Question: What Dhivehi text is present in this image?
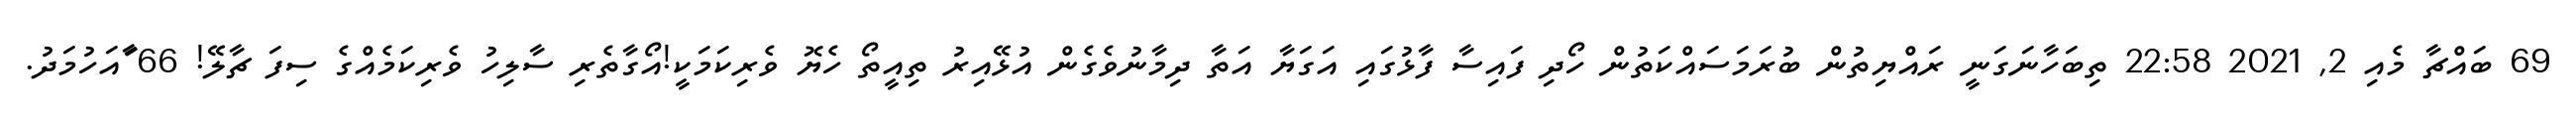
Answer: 69 ބައްޗާ މެއި 2, 2021 22:58 ތިބަހާނަގަނީ ރައްޔިތުން ބުރަމަސައްކަތުން ހޯދި ފައިސާ ފާޅުގައި އަގަޔާ އަތާ ދިމާނުވެގެން އުޅޭއިރު ތިއީތޯ ހެޔޮ ވެރިކަމަކީ!އޯގާތެރި ސާލިހު ވެރިކަމެއްގެ ސިފަ ޗާލޭ! 66 ާައަހުމަދު.